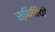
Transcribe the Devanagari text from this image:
स्‍थितियों